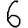
Digit: 6